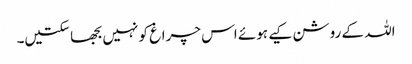
اللہ کے روشن کیے ہوئے اس چراغ کو نہیں بجھا سکتیں۔